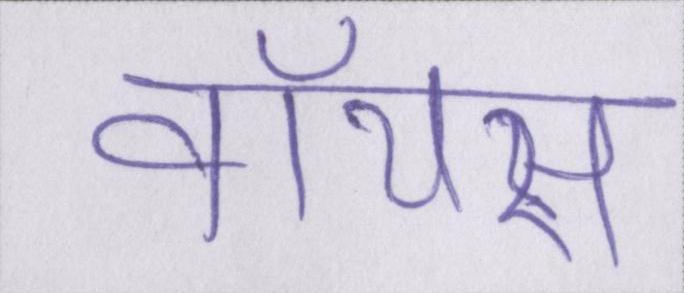
वॉयस